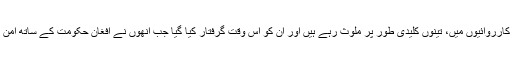
پاکستانی اور باغیوں سے متعلق اہل کاروں کے مطابق، بغاوت کی کارروائیوں میں، تینوں کلیدی طور پر ملوث رہے ہیں اور اُن کو اُس وقت گرفتار کیا گیا جب اُنھوں نے افغان حکومت کے ساتھ امن اور مفاہمتی مذاکرات کی درخواستوں پر عمل کرنے سے انکار کیا۔